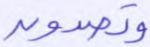
وتصدون